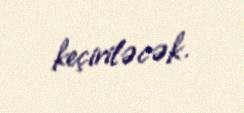
keçiriləcək.